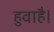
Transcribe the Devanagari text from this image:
हुवाहै।